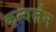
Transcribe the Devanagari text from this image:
कन्वर्ज़न